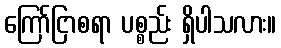
ကြော်ငြာစရာ ပစ္စည်း ရှိပါသလား။